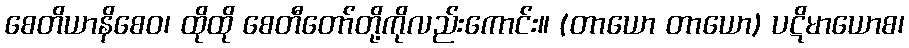
စေတိယာနိစေဝ၊ ထိုထို စေတီတော်တို့ကိုလည်းကောင်း။ (တာယော တာယော) ပဋိမာယောစ၊